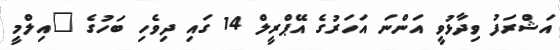
އަޝްރަފު ވިދާޅުވީ އަންނަ އަހަރުގެ އޭޕްރީލް 14 ގައި ދިވެހި ބަހުގެ "އިލްމީ